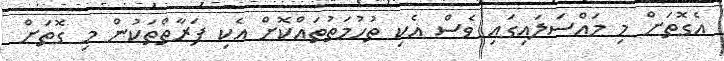
އެގޮތަށް މި މައްސަލައިގައި ވެސް އެކި ތުހުމަތުތައްކޮށް އެކި ފަރާތްތަކުން މި ގޮތަށް